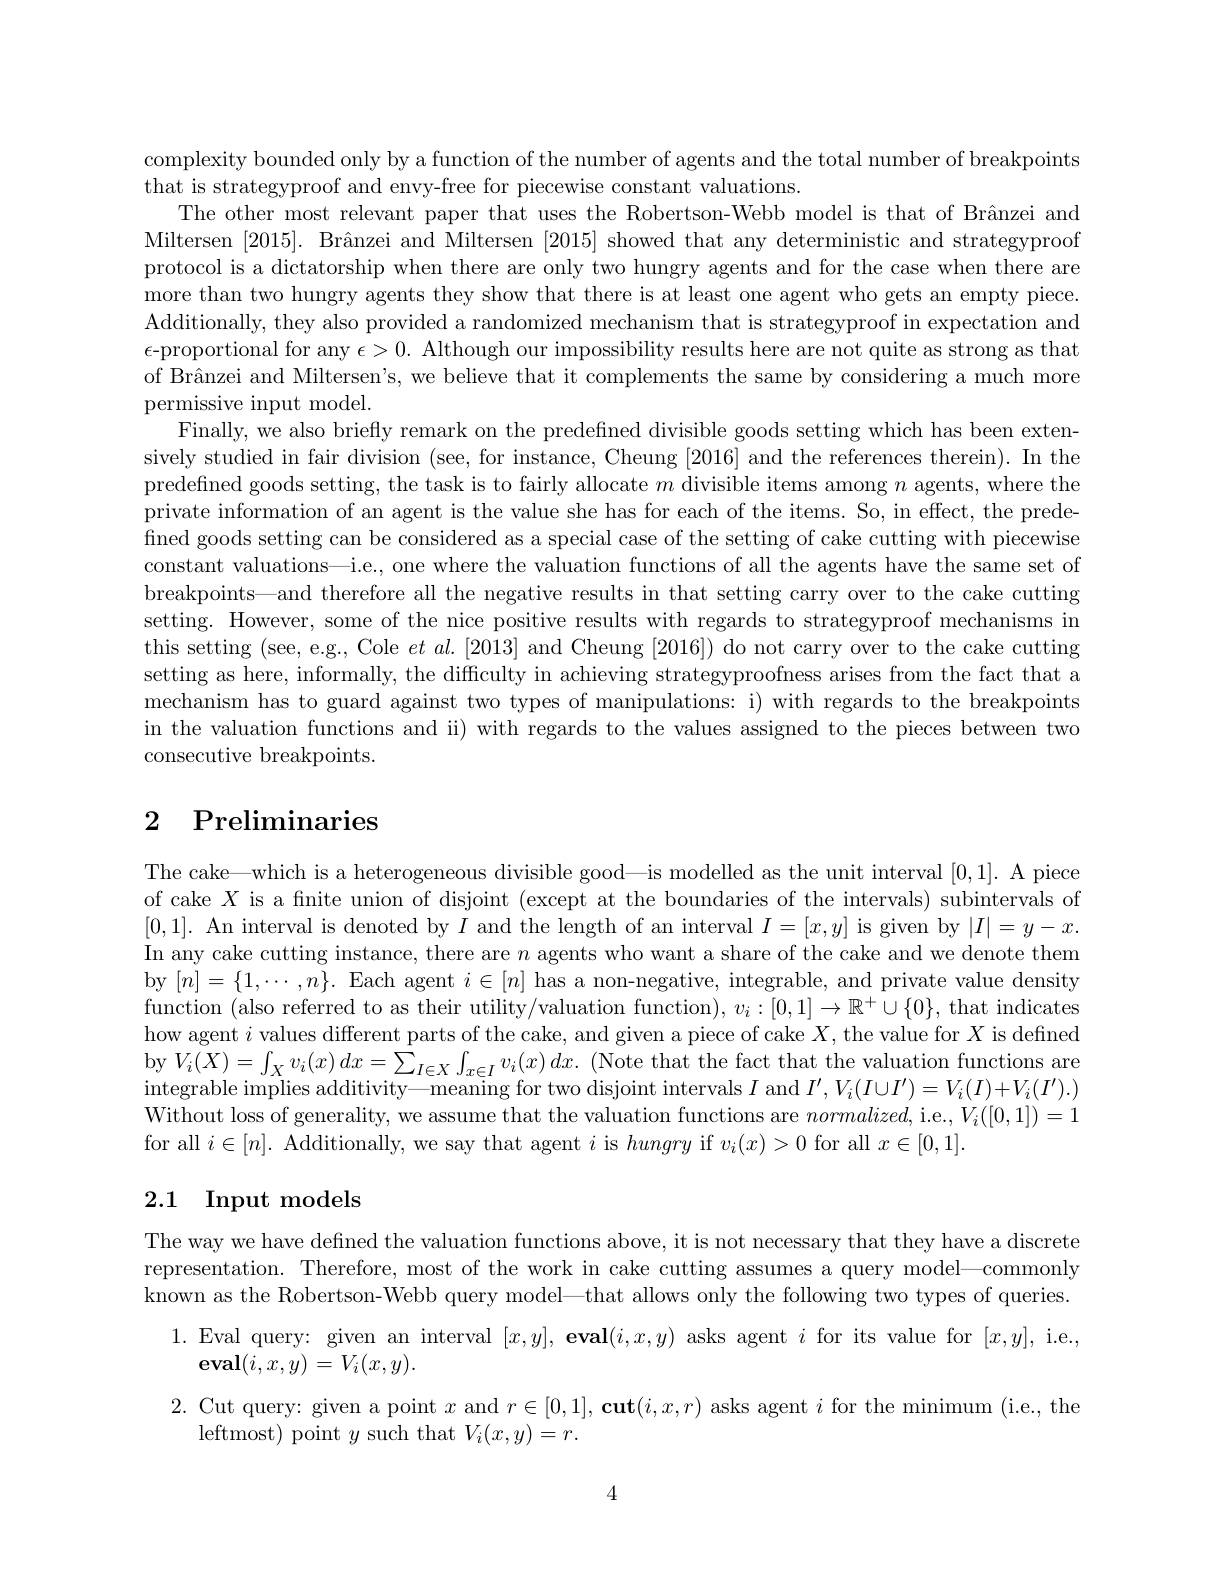
complexity bounded only by a function of the number of agents and the total number of breakpoints
that is strategyproof and envy-free for piecewise constant valuations.
The other most relevant paper that uses the Robertson-Webb model is that of Brânzei and Miltersen $[ 2015] . \text{ Br\^ {a}nzeiandMiltersen}[ 2015]$ showed that any deterministic and strategyproof protocol is a dictatorship when there are only two hungry agents and for the case when there are more than two hungry agents they show that there is at least one agent who gets an empty piece. Additionally, they also provided a randomized mechanism that is strategyproof in expectation and $\epsilon$-proportional for any $\epsilon>0.$ Although our impossibility results here are not quite as strong as that of Brânzei and Miltersen's, we believe that it complements the same by considering a much more permissive input model.
Finally, we also briefly remark on the predefined divisible goods setting which has been extensively studied in fair division (see, for instance, Cheung [2016] and the references therein). In the predefined goods setting, the task is to fairly allocate $m$ divisible items among $n$ agents, where the private information of an agent is the value she has for each of the items. So, in effect, the predefined goods setting can be considered as a special case of the setting of cake cutting with piecewise constant valuations—i.e., one where the valuation functions of all the agents have the same set of breakpoints—and therefore all the negative results in that setting carry over to the cake cutting setting. However, some of the nice positive results with regards to strategyproof mechanisms in this setting (see, e.g., Cole $et\textit{al. [ 2013] and Cheung [ 2016] ) do not carry over to the cake cutting}$ setting as here, informally, the difficulty in achieving strategyproofness arises from the fact that a mechanism has to guard against two types of manipulations: i) with regards to the breakpoints in the valuation functions and ii) with regards to the values assigned to the pieces between two consecutive breakpoints.

# 2 Preliminaries

The cake—which is a heterogeneous divisible good—is modelled as the unit interval [0,1]. A piece of cake $X$ is a fnite union of disjoint (except at the boundaries of the intervals) subintervals of [0,1]. An interval is denoted by $I$ and the length of an interval $I=[x,y]$ is given by $|I|=y-x.$ In any cake cutting instance, there are $n$ agents who want a share of the cake and we denote them by $[n]=\{1,\cdots,n\}.$ Each agent $i\in[n]$ has a non-negative, integrable, and private value density function (also referred to as their utility/valuation function), $v_i:[0,1]\to\mathbb{R}^+\cup\{0\}$, that indicates how agent $i$ values different parts of the cake, and given a piece of cake $X$, the value for $X$ is defined $\operatorname{by}V_{i}(X)=\int_{X}v_{i}(x)dx=\sum_{I\in X}\int_{x\in I}v_{i}(x)dx.~(\operatorname{Note~that~the~fact~that~the~valuation~functions~are}$ integrable implies additivity—meaning for two disjoint intervals $I$ and $I^\prime,V_i(I\cup I^{\prime})=V_i(I)+V_i(I^{\prime}).)$ Without loss of generality, we assume that the valuation functions are $normalized$, i.e., $V_i([0,1])=1$ for all $i\in[n].$ Additionally, we say that agent $i$ is hungry if $v_i(x)>0$ for all $x\in[0,1].$

# 2.1 Input models

The way we have defined the valuation functions above, it is not necessary that they have a discrete representation. Therefore, most of the work in cake cutting assumes a query model—commonly known as the Robertson-Webb query model—that allows only the following two types of queries.
1.Eval query: given an interval $[ x, y] , \textbf{eval}( i, x, y)$ asks agent $i$ for its value for $[x,y]$, i.e.,
$\mathbf{eval}(i,x,y)=V_{i}(x,y).$
2. Cut query: given a point $x$ and $r\in [ 0, 1] , \textbf{cut}( i, x, r)$ asks agent $i$ for the minimum (i.e., the
leftmost) point $y$ such that $V_i(x,y)=r.$

4